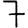
Digit: 7